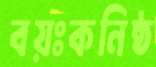
বয়ঃকনিষ্ঠ